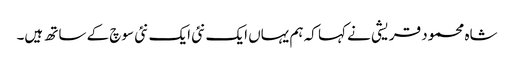
شاہ محمود قریشی نے کہا کہ ہم یہاں ایک نئی ایک نئی سوچ کے ساتھ ہیں۔